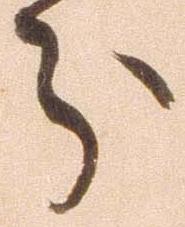
分